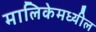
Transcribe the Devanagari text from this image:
मालिकेमध्यील